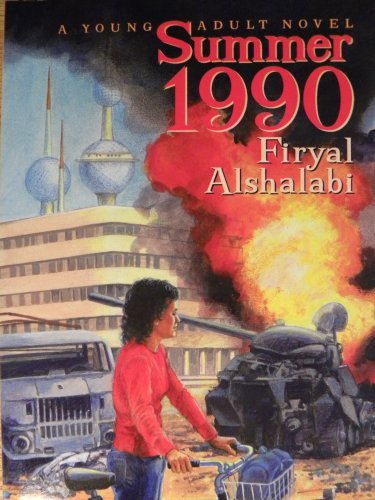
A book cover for Summer 1990; Firyal Alshalabi; Teen & Young Adult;